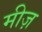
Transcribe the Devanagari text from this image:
मीज़